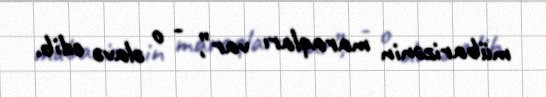
mübarizənin maraqları var”, - o əlavə edib.